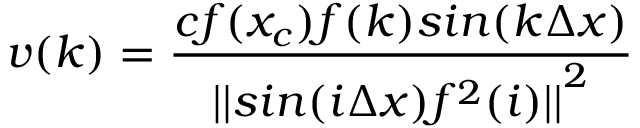
v ( k ) = \frac { c f ( x _ { c } ) f ( k ) s i n ( k \Delta x ) } { { | | s i n ( i \Delta x ) f ^ { 2 } ( i ) | | } ^ { 2 } }